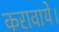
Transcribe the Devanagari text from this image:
करावाये।